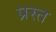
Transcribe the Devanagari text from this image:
प्रस्त